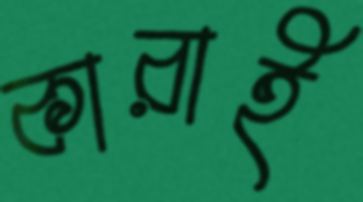
কারাই